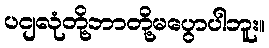
ပငျလုံတို့ဘာတို့မပွောပါဘူး။